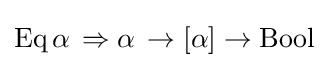
{\textstyle \mathrm {Eq} \,\alpha \,\Rightarrow \alpha \,\rightarrow \left[\alpha \right]\rightarrow \mathrm {Bool} }